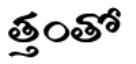
త్తంతో